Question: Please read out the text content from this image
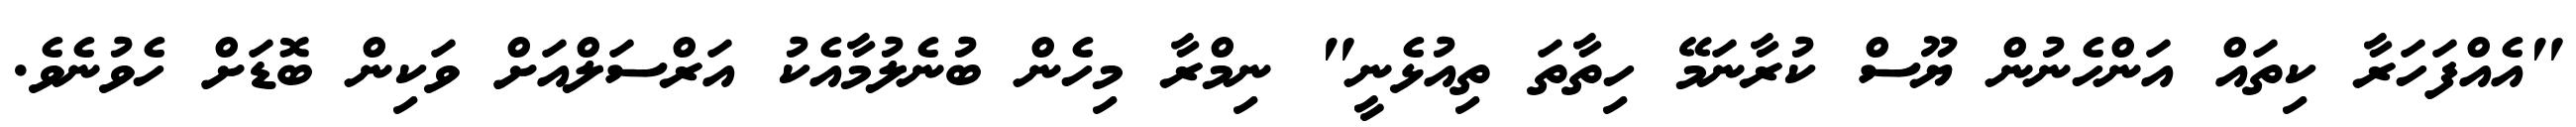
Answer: "އެއްފަހަރާ ކިތައް އަންހެނުން ޔޫސް ކުރާނަމޭ ހިތާތަ ތިއުޅެނީ" ނިމްރާ މިހެން ބުނެލުމާއެކު އަރްސަލްއަށް ވަކިން ބޮޑަށް ހެވުނެވެ.